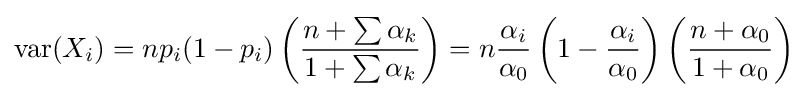
\operatorname {var} (X_{i})=np_{i}(1-p_{i})\left({\frac {n+\sum \alpha _{k}}{1+\sum \alpha _{k}}}\right)=n{\frac {\alpha _{i}}{\alpha _{0}}}\left(1-{\frac {\alpha _{i}}{\alpha _{0}}}\right)\left({\frac {n+\alpha _{0}}{1+\alpha _{0}}}\right)